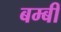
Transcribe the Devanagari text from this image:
बम्बी